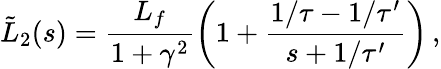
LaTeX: \tilde{L}_{2}(s)=\frac{L_{f}}{1+\gamma^{2}}\left(1+\frac{1/\tau-1/\tau^{\prime}}{s+1/\tau^{\prime}}\right)\, ,